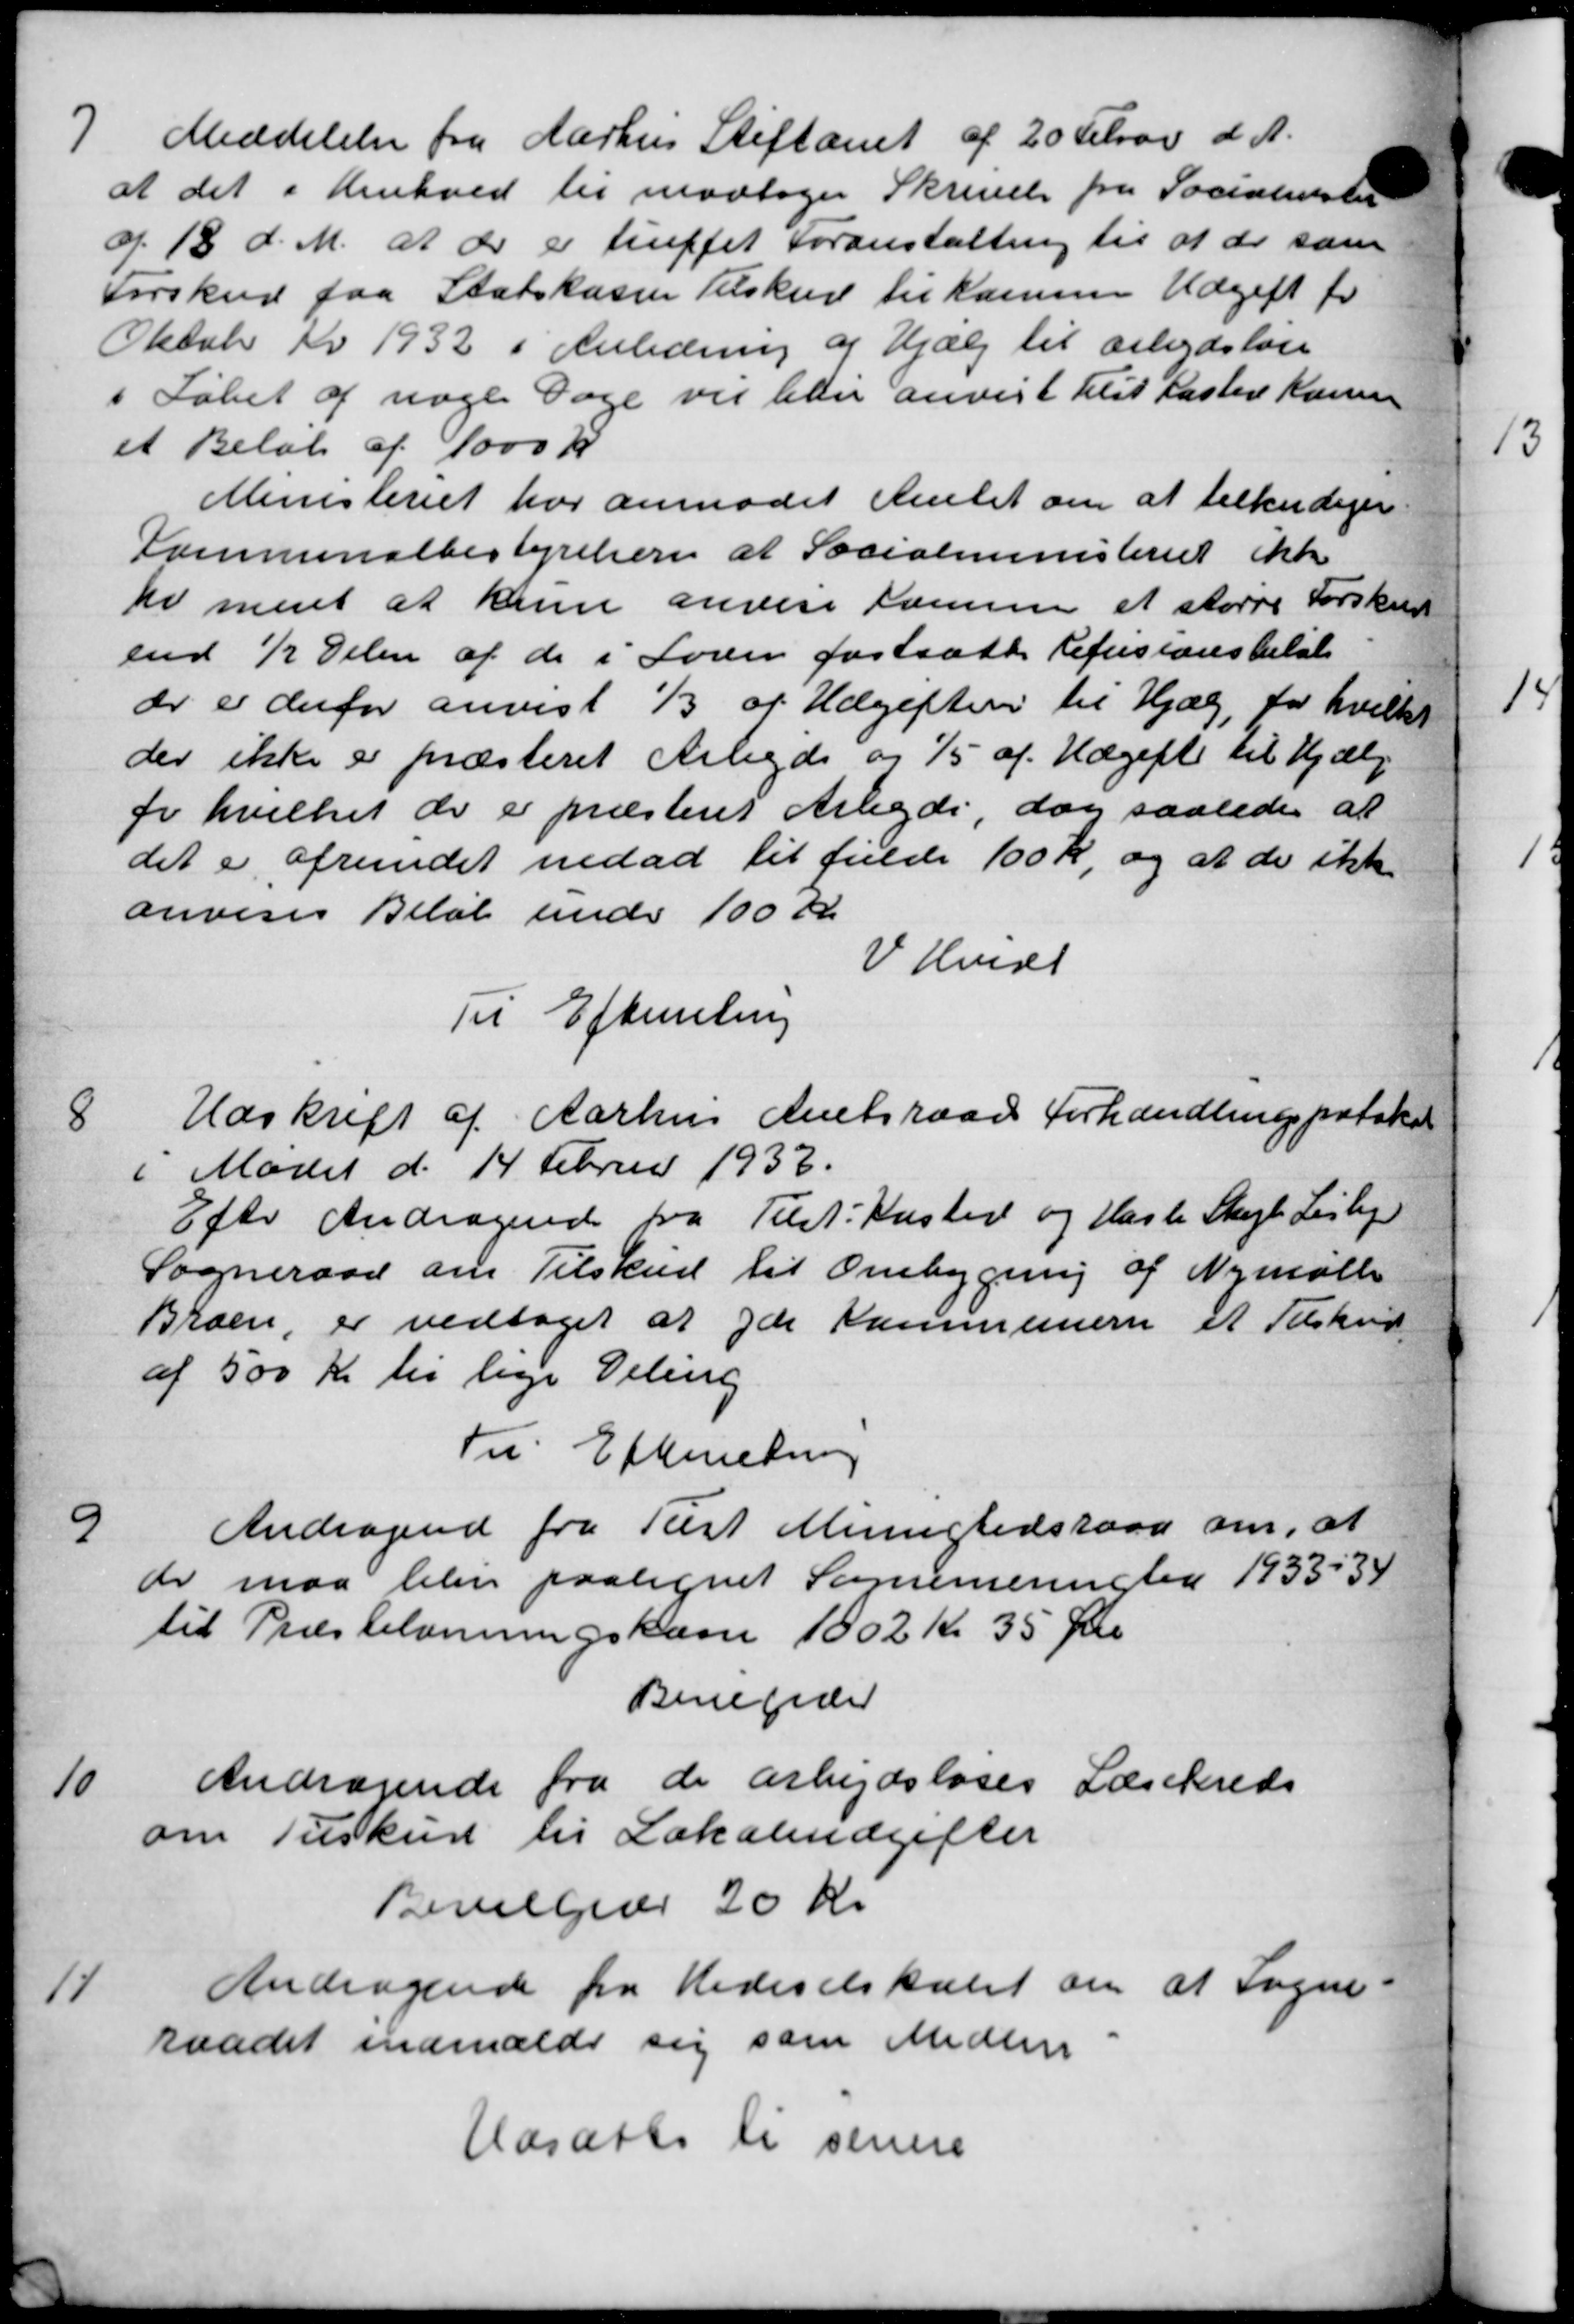
Transskription:
7
Meddelelse fra Aarhus Stiftamt af 20 Februar d. A.
at det i Henhold til modtager Skrivelse fra Socialisten
af 18 d. M. at der er truffet Foranstaltning til at de som
Forskud paa Statskassen Tilskud til komme Udgift for
Oktober Kv 1932 i Anledning af Hjælp til arbejdsløs
i Løbet af noge Dage vil han anvist tilst Haslev Konsen
et Beløb af 1000 Kr.
Ministeriet har anmodet Amtet om at tilkediger
Kommunalbestyrelsen at Socialministeriet ikke
kr meret at kunne anvise sammen et større Forskud
end ½ Delen af de i Loven fastsætte Refusionsbeløb
dr er derfor anvist 1/3 af Udgiften til Hjælp, for hvilket
der ikke er præsteret Arbejds og 1/5 af Udgifte til Hjælp
fr hvilket de er præsteret Arbejde, dog saaledes at
det er afrundet nedad til fulde 100 Kr, og at de ikke
anvises Beløb under 100 Kr
V. Hviset
Til Efterretning
8
Udskrift af Aarhus Amtsraad forhandlingsprotokol
6 Mødet d. 14 Februar 1937.
Efter Andragende fra Tilst Kasted og Hasle Skal Lisbje
Sogneraad om Tilskud til Ombygning af Nymølle
Broen, er vedtoges at yde Kommunen et Tilskud
af 500 Kr til lige Deling
Til Efterretning
9
Andragende fra Tust Menighedsraad om, at
de maa blev paalignet Sommeringer 1933 – 34
til Præstelønningskasse 1002 Kr. 35 Øre
Benereder
10
Andragende fra de arbejdsløses Læsekreds
om Tilskud til Lokaleudgifter
Bevilgedes 20 Kr.
11
Andragende fra Hedeselskabet om at Sagen
raadet indmældt sig som Medlem
Udsatte til senere